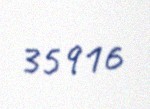
35916